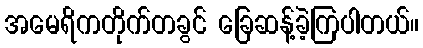
အမေရိကတိုက်တခွင် ခြေဆန့်ခဲ့ကြပါတယ်။